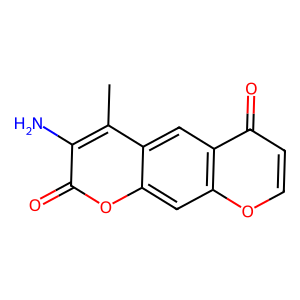
SMILES: Cc1c(N)c(=O)oc2cc3occc(=O)c3cc12
Inhibits HIV replication: No